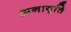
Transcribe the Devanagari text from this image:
अनावृत्ति